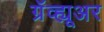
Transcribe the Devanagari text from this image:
ग्रॅव्ह्यूअर